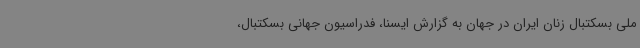
ملی بسکتبال زنان ایران در جهان به گزارش ایسنا، فدراسیون جهانی بسکتبال،